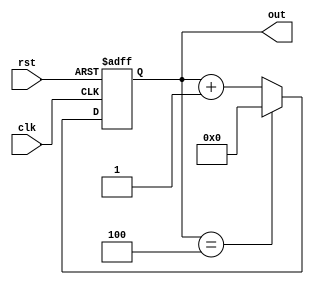
module modN(clk,rst,out);
  parameter n=5;
  parameter width=8;
  input clk,rst;
  output reg [width-1:0] out;
  
  always@(negedge clk or posedge rst)
    begin

      if(rst)
        out <= 0;

      else if(out==n-1)
        out <= 0;

      else 
        out <= out + 1;

    end

endmodule